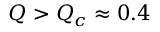
Q > Q _ { c } \approx 0 . 4